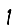
Digit: 1